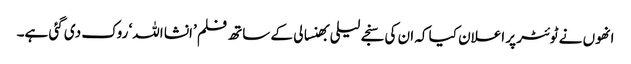
انھوں نے ٹوئٹر پر اعلان کیا کہ ان کی سنجے لیلی بھنسالی کے ساتھ فلم ’انشا اللہ‘ روک دی گئی ہے۔